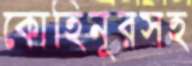
কোহিনূরসহ